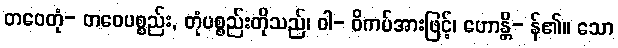
တဝေတုံ- တဝေပစ္စည်း, တုံပစ္စည်းတိုသည်၊ ဝါ- ဝိကပ်အားဖြင့်၊ ဟောန္တိ- န်၏။ သော